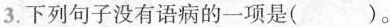
3.下列句子没有语病的一项是( )。